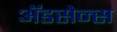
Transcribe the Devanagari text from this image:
ॲडसेन्स